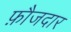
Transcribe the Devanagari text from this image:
फ़ौजदार